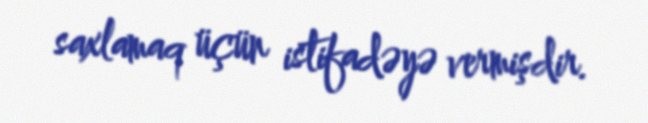
saxlamaq üçün istifadəyə vermişdir.